Source: Handwritten
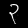
Digit: ၃ (3)